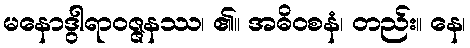
မနောဒွါရာဝဇ္ဇနဿ၊ ၏။ အဓိဝစနံ၊ တည်း။ နေ၊